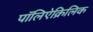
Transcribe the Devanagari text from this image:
पॉलिऐक्रिलिक